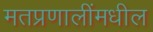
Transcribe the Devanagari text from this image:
मतप्रणालींमधील